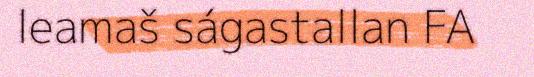
leamaš ságastallan FA